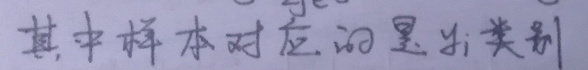
其中样本对应的是$y_i$类别